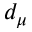
d _ { \mu }